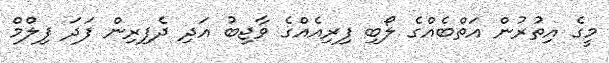
މީގެ އިތުރުން އަތްބެއްގެ ލޯބި ފިރިއެެއްގެ ވާޖިބު އަދި ދެފިރިން ފަދަ ފިލްމް